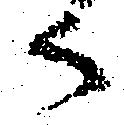
御